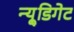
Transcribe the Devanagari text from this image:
न्यू्डिगेट